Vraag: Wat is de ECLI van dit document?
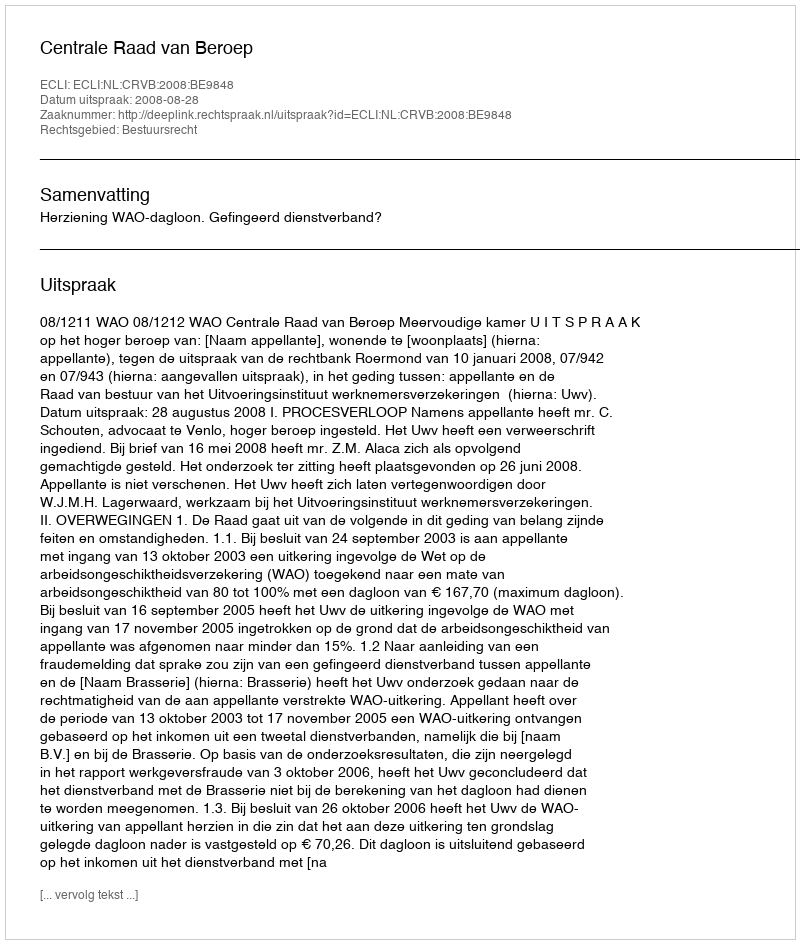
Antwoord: ECLI:NL:CRVB:2008:BE9848